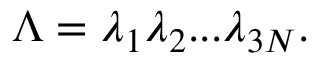
\Lambda = \lambda _ { 1 } \lambda _ { 2 } . . . \lambda _ { 3 N } .